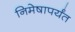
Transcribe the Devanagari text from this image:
निमेषापर्यंत